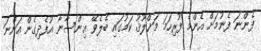
ފެންނަ ފެނުމަށް އެންމެ ފުރިހަމަ މަޚްލޫޤު ކަމުގައި ބެލެވޭ އިންސާނާ އުފެދިގެން އަންނަ